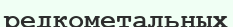
редкометальных